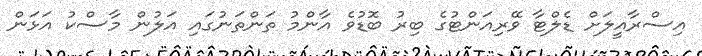
އިސްރާއީލަށް ޑެލްޓާ ވޭރިއަންޓުގެ ބިރު ބޮޑުވެ އާންމު ތަންތަނުގައި އަލުން މާސްކު އަޅަން